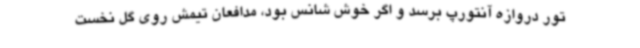
تور دروازه آنتورپ برسد و اگر خوش شانس بود، مدافعان تیمش روی گل نخست